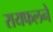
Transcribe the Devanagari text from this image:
रायफलने